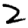
Digit: 2